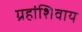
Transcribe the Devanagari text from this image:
ग्रहांशिवाय